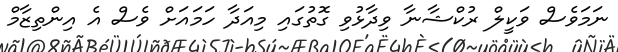
ނަމަވެސް ވަކީލް ރުކްޝާނާ ވިދާޅުވި ގޮތުގައި މިއަދާ ހަމައަށް ވެސް އެ އިންތިޒާމް